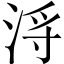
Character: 浖